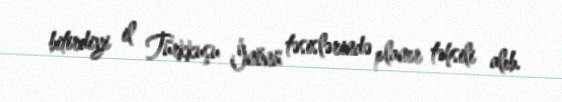
bitirdiyi il Türkkuşu İnönü təsislərində planer təhsili alıb.